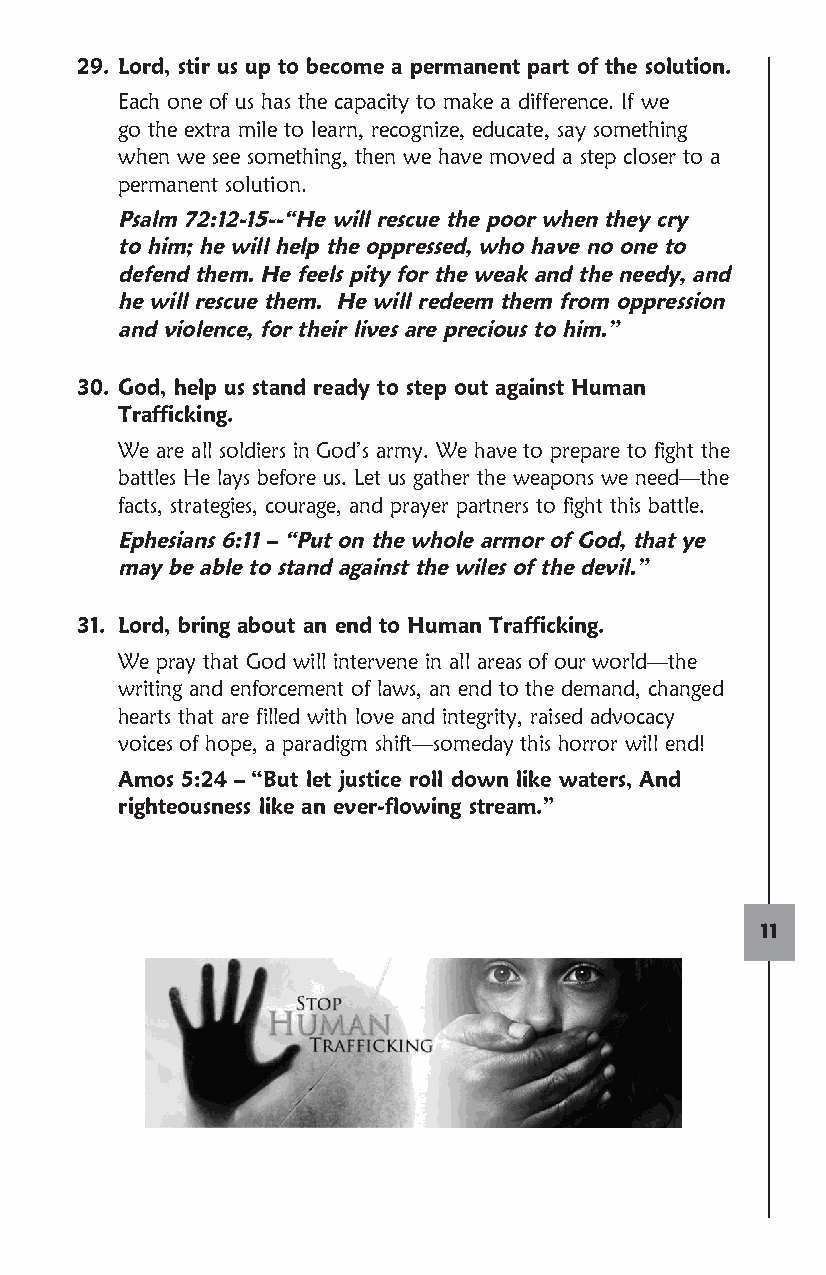
29. Lord, stir us up to become a permanent part of the solution.
 E ach one of us has the capacity to make a difference. If we
 go the extra mile to learn, recognize, educate, say something
 when we see something, then we have moved a step closer to a
 permanent solution.
 P salm 72:12-15--“He will rescue the poor when they cry
 to him; he will help the oppressed, who have no one to
 defend them. He feels pity for the weak and the needy, and
 he will rescue them. He will redeem them from oppression
 and violence, for their lives are precious to him.”
 30. God, help us stand ready to step out against Human
 Trafficking.
 We are all soldiers in God’s army. We have to prepare to fight the
 battles He lays before us. Let us gather the weapons we need—the
 facts, strategies, courage, and prayer partners to fight this battle.
 E phesians 6:11 – “Put on the whole armor of God, that ye
 may be able to stand against the wiles of the devil.”
 31. Lord, bring about an end to Human Trafficking.
 We pray that God will intervene in all areas of our world—the
 writing and enforcement of laws, an end to the demand, changed
 hearts that are filled with love and integrity, raised advocacy
 voices of hope, a paradigm shift—someday this horror will end!
 Amos 5:24 – “But let justice roll down like waters, And
 righteousness like an ever-flowing stream.”
 11